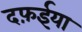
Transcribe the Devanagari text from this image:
दफ़ईया